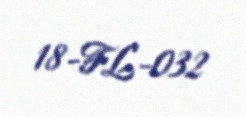
18-FL-032